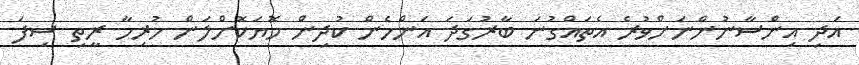
އަދި އިންސާނުންނަށްވުރެ އެތައްގުނަ ބާރުގަދަ އަންހެން ކުދިން މޮޔަކޮށްލަން ހުރިހާ ރީތި ސިފަ